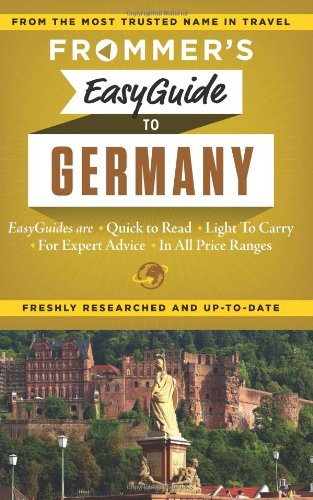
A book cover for Frommer's EasyGuide to Germany (Easy Guides); Donald Olson; Travel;